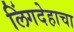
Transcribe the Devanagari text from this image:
लिंगदेहाचा